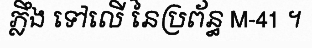
ភ្លឹង ទៅលើ នៃប្រព័ន្ធ M-41 ។